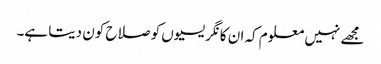
مجھے نہیں معلوم کہ ان کانگریسیوں کو صلاح کون دیتا ہے۔